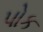
પોક